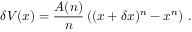
\delta V ( x ) = \frac { A ( n ) } { n } \left( ( x + \delta x ) ^ { n } - x ^ { n } \right) \, .